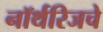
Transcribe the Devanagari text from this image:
नॉर्थरिजचे